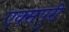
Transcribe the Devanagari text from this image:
एक्‍सपुरी